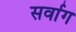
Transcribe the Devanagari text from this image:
सर्वाग